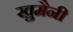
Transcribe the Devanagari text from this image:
खु़मैनी